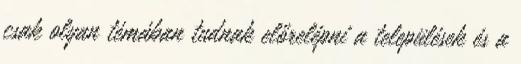
csak olyan témában tudnak előrelépni a települések és a